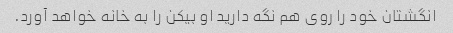
انگشتان خود را روی هم نگه دارید او بیکن را به خانه خواهد آورد.